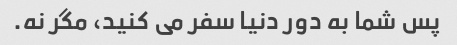
پس شما به دور دنیا سفر می کنید، مگر نه.